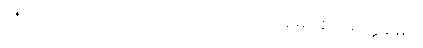
၁၅၆။ ဥဿာဟာ’ တပ္ပ ပဂ္ဂါဟာ၊ ဝါယာမော စ ပရက္ကမော။